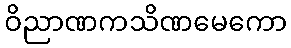
ဝိညာဏကသိဏမေကော